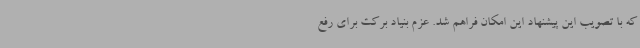
که با تصویب این پیشنهاد این امکان فراهم شد. عزم بنیاد برکت برای رفع